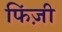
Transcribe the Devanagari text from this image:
फिंज़ी